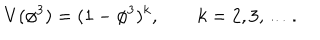
LaTeX: V ( \phi ^ { 3 } ) = ( 1 - \phi ^ { 3 } ) ^ { k } , \qquad k = 2 , 3 , \ldots .